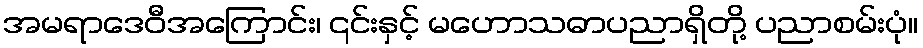
အမရာဒေဝီအကြောင်း၊ ၎င်းနှင့် မဟောသဓာပညာရှိတို့ ပညာစမ်းပုံ။